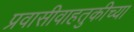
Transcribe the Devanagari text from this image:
प्रवासीवाहतुकीच्या